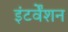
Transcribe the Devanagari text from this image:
इंटर्वेंशन